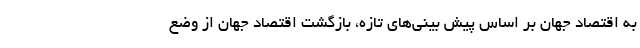
به اقتصاد جهان بر اساس پیش بینی‌های تازه، بازگشت اقتصاد جهان از وضع